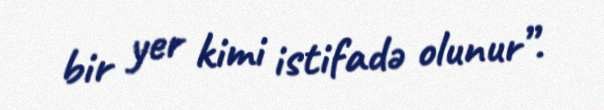
bir yer kimi istifadə olunur”.